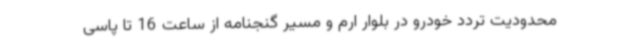
محدودیت‌ تردد خودرو در بلوار ارم و مسیر گنجنامه از ساعت 16 تا پاسی